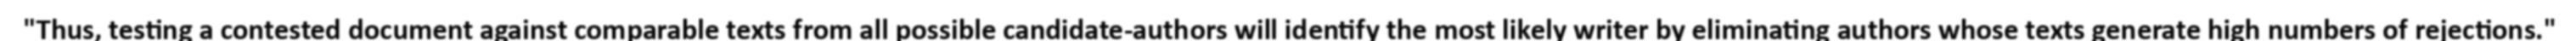
"Thus, testing a contested document against comparable texts from all possible candidate-authors will identify the most likely writer by eliminating authors whose texts generate high numbers of rejections."